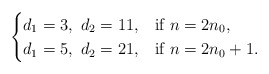
\begin{align*}\begin{cases}d_1=3,\ d_2=11,& \mbox{if}\ n=2n_0,\\d_1=5,\ d_2=21, & \mbox{if}\ n=2n_0+1. \\\end{cases}\end{align*}